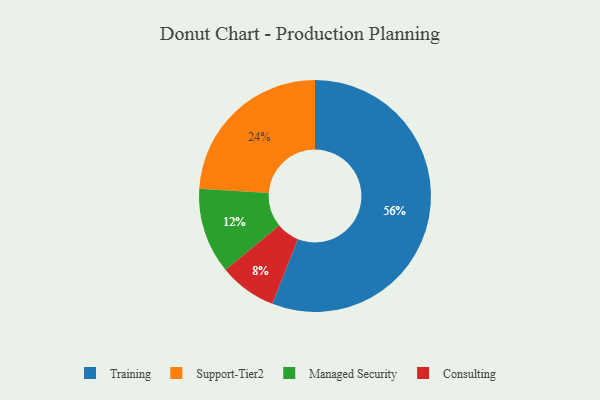
{"axis": {"x": "Category", "y": "Percentage"}, "legend": ["Consulting", "Managed Security", "Support-Tier2", "Training"], "data": [{"x": "Consulting", "y": 8, "type": "Consulting"}, {"x": "Support-Tier2", "y": 24, "type": "Support-Tier2"}, {"x": "Managed Security", "y": 12, "type": "Managed Security"}, {"x": "Training", "y": 56, "type": "Training"}]}